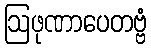
ဩဖုဏာပေတဗ္ဗံ